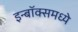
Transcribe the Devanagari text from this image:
इन्बॉक्समध्ये